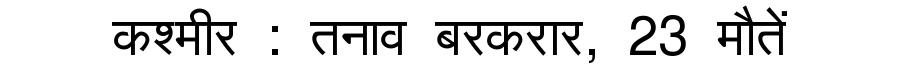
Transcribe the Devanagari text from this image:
कश्मीर : तनाव बरकरार, 23 मौतें